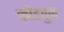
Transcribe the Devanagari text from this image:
कोंडवुन